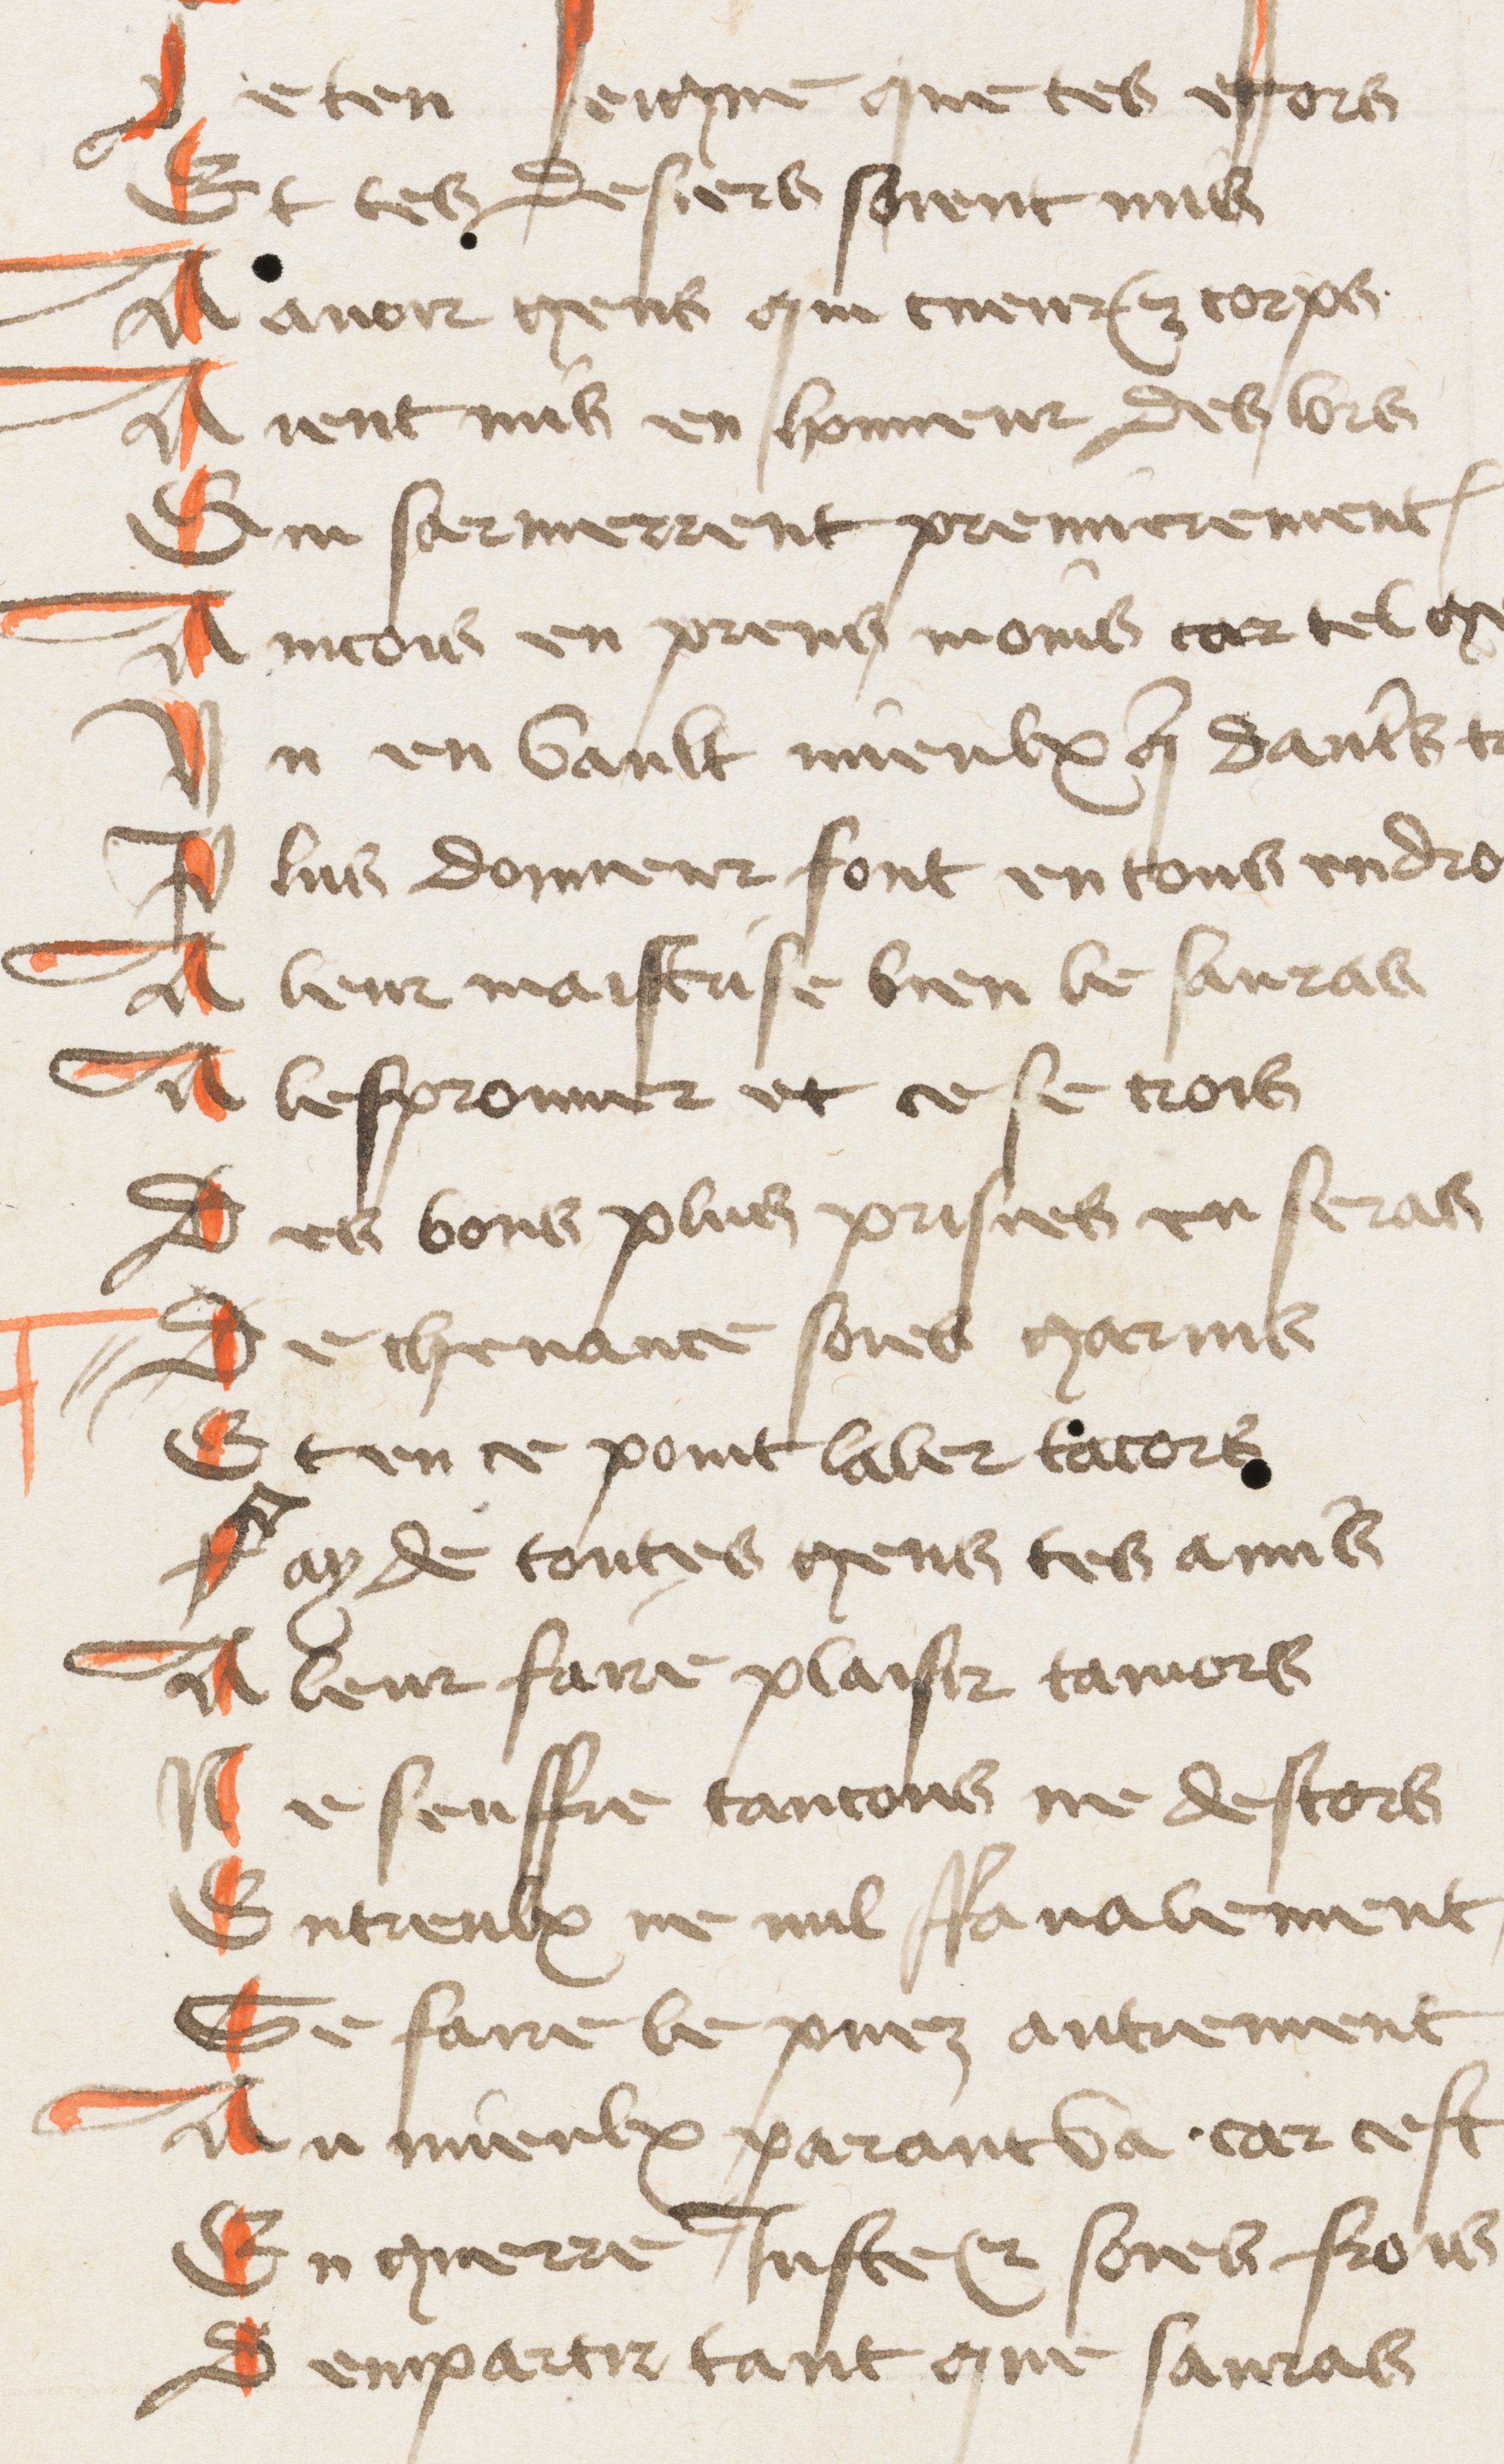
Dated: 1425–1435